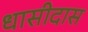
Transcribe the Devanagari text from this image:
धासीदास